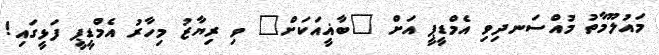
މައުލޫމާތު މުއްސަނދިވި އެމްޑީޕީ އަށް "ބާޣީއަކަށް" ވި ރިޔާޒު މިހާރު އެމްޑީޕީ ފަޅީގައި!